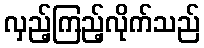
လှည့်ကြည့်လိုက်သည်